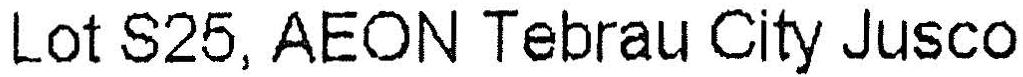
LOT S25, AEON TEBRAU CITY JUSCO